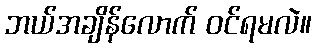
ဘယ်အချိန်လောက် ဝင်ရမလဲ။